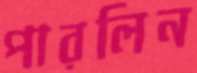
পারলিন